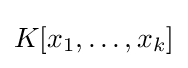
K[x_{1},\dots ,x_{k}]